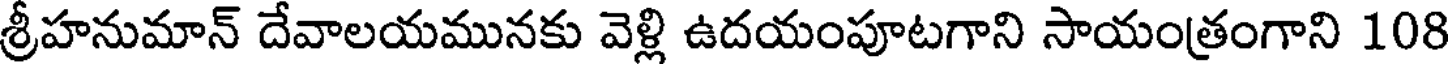
శ్రీహనుమాన్ దేవాలయమునకు వెళ్లి ఉదయంపూటగాని సాయంత్రంగాని 108